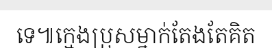
ទេ៕ក្មេងប្រុសម្នាក់តែងតែគិត